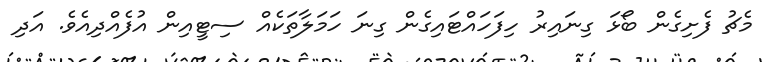
މެޗު ފެށިގެން ބޯޅަ ގިނައިރު ހިފަހައްޓައިގެން ގިނަ ހަމަލާތަކެއް ސިޓީއިން އުފެއްދިއެވެ. އަދި